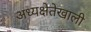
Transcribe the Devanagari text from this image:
अध्यक्षेतेखाली